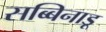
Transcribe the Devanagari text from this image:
सब्बिनाडू